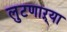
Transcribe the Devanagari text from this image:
लुटणाऱ्या